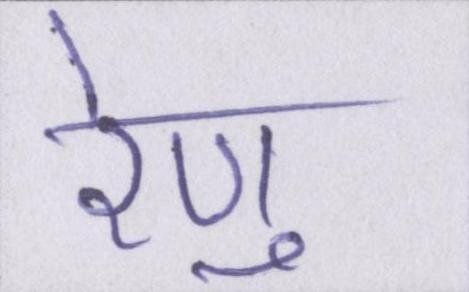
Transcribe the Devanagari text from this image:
रेणु